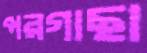
পরগাছা